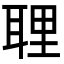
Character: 𦕸